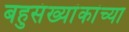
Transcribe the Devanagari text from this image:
बहुसंख्यांकांच्या